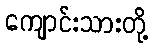
ကျောင်းသားတို့